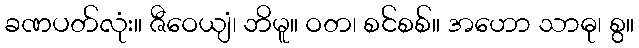
ခဏပတ်လုံး။ ဇီဝေယျံ၊ ဘိမူ။ ဝတ၊ စင်စစ်။ အဟော သာဓု၊ စွ။